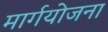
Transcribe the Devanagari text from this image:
मार्गयोजना